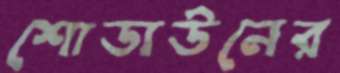
শোডাউনের